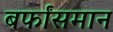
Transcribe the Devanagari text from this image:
बर्फांसमान